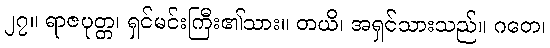
၂၇။ ရာဇပုတ္တ၊ ရှင်မင်းကြီး၏သား။ တယိ၊ အရှင်သားသည်။ ဂတေ၊